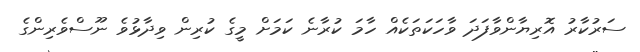
ސަރުކާރު އޮރިޔާންވާފަދަ ވާހަކަތަކެއް ހާމަ ކުރާނެ ކަމަށް މީގެ ކުރިން ވިދާޅުވެ ނޫސްވެރިންގެ